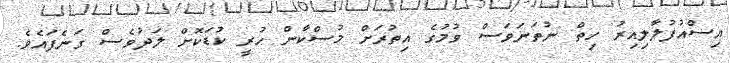
އިސްއުފުލާލިއިރު ހިތް ނުތަނަވަސް ވުމުގެ އިތުރަށް މުސްކާން ހުރީ ކުޑަކޮށް ލަދުވެސް ގަނެފައެވެ.